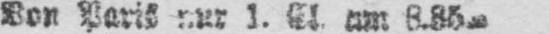
um 8.35m